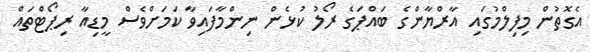
އެގޮތުން މިފިލްމުގައި އާރްޔާންގެ ބައްޕަގެ ރޯލު ކުޅެން ނިންމާފައިވާ ކަމަށްވެސް މީޑިއާ ރިޕޯޓްތައް